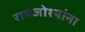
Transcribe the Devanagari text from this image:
रामजोश्यांना